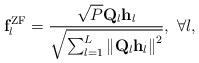
LaTeX: \begin{align*} {\bf{f}}_l^{\rm{ZF}} = \frac{{\sqrt P {{\bf{Q}}_l}{{\bf{h}}_l}}}{{\sqrt {\sum\nolimits_{l = 1}^L {{{\left\| {{{\bf{Q}}_l}{{\bf{h}}_l}} \right\|}^2}} } }}, \ \forall l, \end{align*}